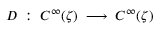
D \; : \; C ^ { \infty } ( \zeta ) \; \longrightarrow \; C ^ { \infty } ( \zeta )